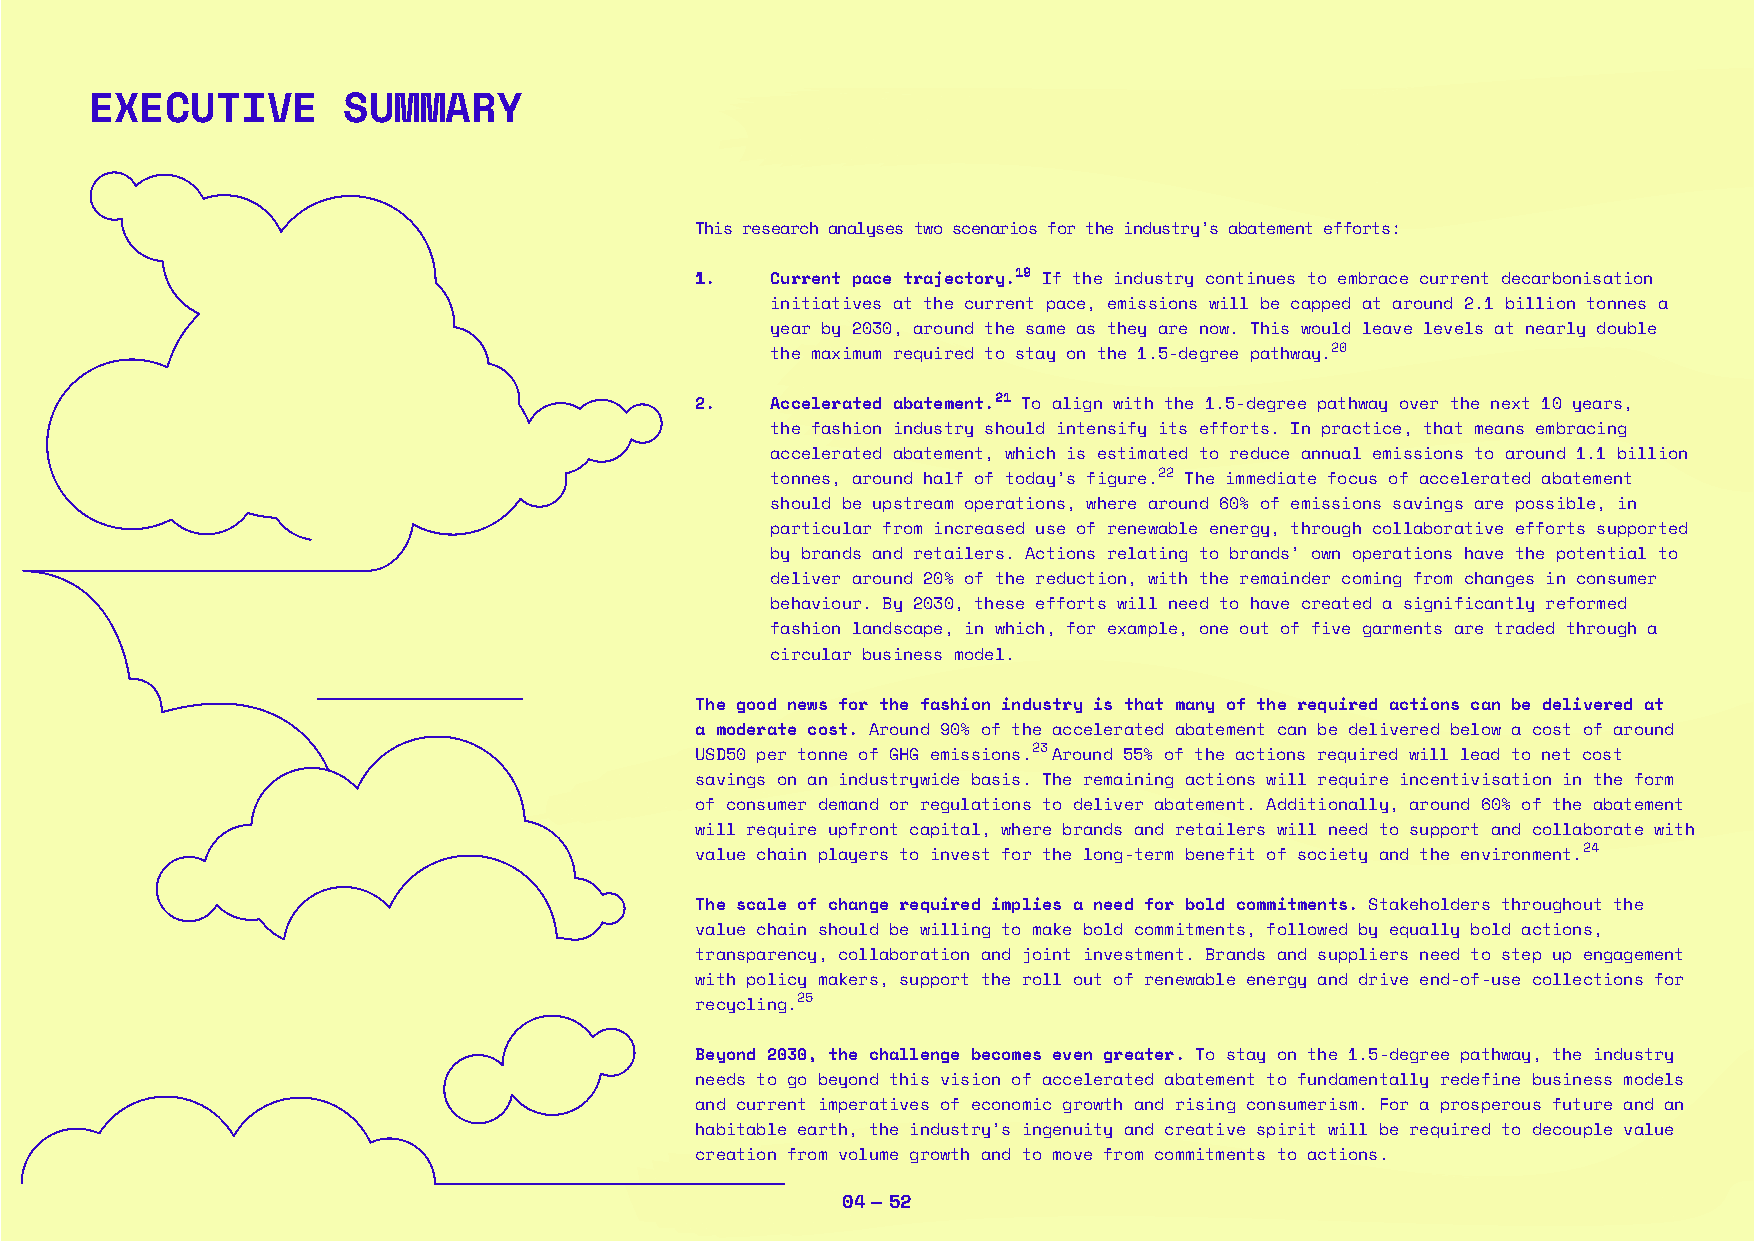
EXECUTIVE        SUMMARY
 This research analyses two scenarios for the industry’s abatement efforts:
 1.   Current pace trajectory.19 If the industry continues to embrace current decarbonisation
 initiatives at the current pace, emissions will be capped at around 2.1 billion tonnes a
 year by 2030, around the same as they are now. This would leave levels at nearly double
 the maximum required to stay on the 1.5-degree pathway.20
 2.   Accelerated abatement.21 To align with the 1.5-degree pathway over the next 10 years,
 the fashion industry should intensify its efforts. In practice, that means embracing
 accelerated abatement, which is estimated to reduce annual emissions to around 1.1 billion
 tonnes, around half of today’s figure.22 The immediate focus of accelerated abatement
 should be upstream operations, where around 60% of emissions savings are possible, in
 particular from increased use of renewable energy, through collaborative efforts supported
 by brands and retailers. Actions relating to brands’ own operations have the potential to
 deliver around 20% of the reduction, with the remainder coming from changes in consumer
 behaviour. By 2030, these efforts will need to have created a significantly reformed
 fashion landscape, in which, for example, one out of five garments are traded through a
 circular business model.
 The good news for the fashion industry is that many of the required actions can be delivered at
 a moderate cost. Around 90% of the accelerated abatement can be delivered below a cost of around
 USD50 per tonne of GHG emissions.23 Around 55% of the actions required will lead to net cost
 savings on an industrywide basis. The remaining actions will require incentivisation in the form
 of consumer demand or regulations to deliver abatement. Additionally, around 60% of the abatement
 will require upfront capital, where brands and retailers will need to support and collaborate with
 value chain players to invest for the long-term benefit of society and the environment.24
 The scale of change required implies a need for bold commitments. Stakeholders throughout the
 value chain should be willing to make bold commitments, followed by equally bold actions,
 transparency, collaboration and joint investment. Brands and suppliers need to step up engagement
 with policy makers, support the roll out of renewable energy and drive end-of-use collections for
 recycling.25
 Beyond 2030, the challenge becomes even greater. To stay on the 1.5-degree pathway, the industry
 needs to go beyond this vision of accelerated abatement to fundamentally redefine business models
 and current imperatives of economic growth and rising consumerism. For a prosperous future and an
 habitable earth, the industry’s ingenuity and creative spirit will be required to decouple value
 creation from volume growth and to move from commitments to actions.
 04 — 52